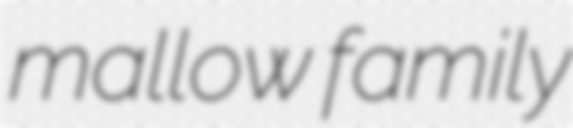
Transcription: mallow family